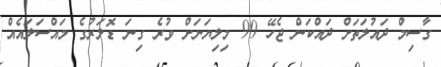
ގާސިމް ދައުލަތަށް ދައްކަން ޖެހޭ 90 މިލިޔަނަށް ވުރެ ގިނަ ޑޮލަރުގެ މައްސަލައެއް